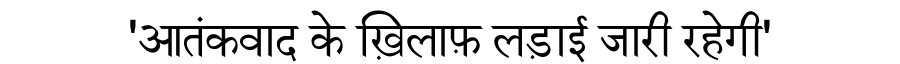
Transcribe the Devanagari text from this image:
'आतंकवाद के ख़िलाफ़ लड़ाई जारी रहेगी'